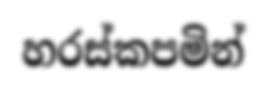
හරස්කපමින්